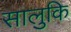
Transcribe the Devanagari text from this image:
सालुकि